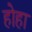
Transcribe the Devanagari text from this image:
होहा